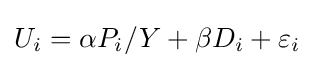
U_{i}=\alpha P_{i}/Y+\beta D_{i}+\varepsilon _{i}